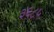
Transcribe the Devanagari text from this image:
३६८५